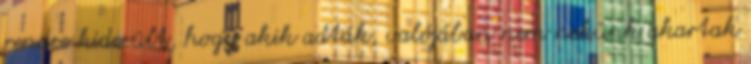
rendre kiderült, hogy akik adták, valójában nem nekünk akartak